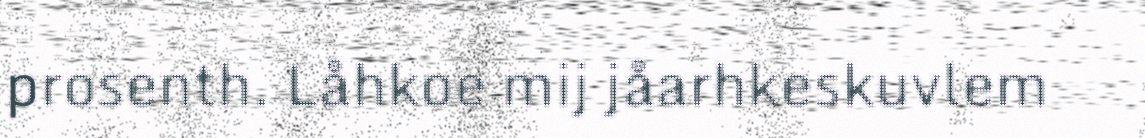
prosenth. Låhkoe mij jåarhkeskuvlem